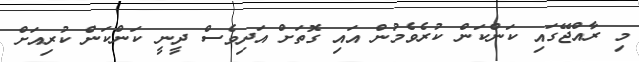
މި ރާއްޖޭގައި ކަންކަން ކުރެވެމުން އައި ގޮތަށް އަދިވެސް ދީނީ ކަންކަން ކުރިއަށް